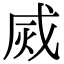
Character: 烕